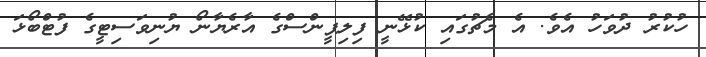
ހުކުރު ދުވަހު އެވެ. އެ މެޗުގައި ކުޅޭނީ ފިލިޕީންސްގެ އާރެޔާނޯ ޔުނިވަސިޓީގެ ފުޓްބޯޅަ